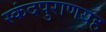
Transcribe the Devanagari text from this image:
स्कंदपुराणयह